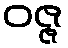
ဝဇ္ဇ